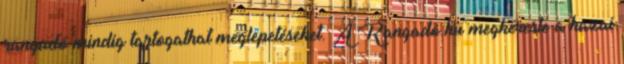
rangadó mindig tartogathat meglepetéseket. A Rangadó.hu megkereste a hazai